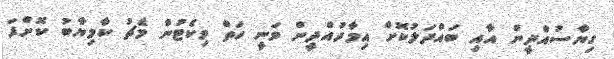
ގިޔާސުއްދީން އާއި ބައްދަލުކޮށް އިމާދުއްދީން ވަނީ ހަތް ވިކެޓުން މެޗު ކާމިޔާބު ކޮށްފަ